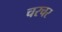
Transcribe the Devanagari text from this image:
चरचर